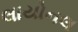
લાયોનલ